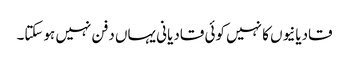
قادیانیوں کا نہیں کوئی قادیانی یہاں دفن نہیں ہوسکتا۔